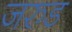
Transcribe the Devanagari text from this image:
जरुड